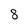
Character: 8